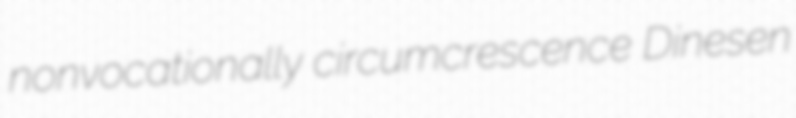
nonvocationally circumcrescence Dinesen